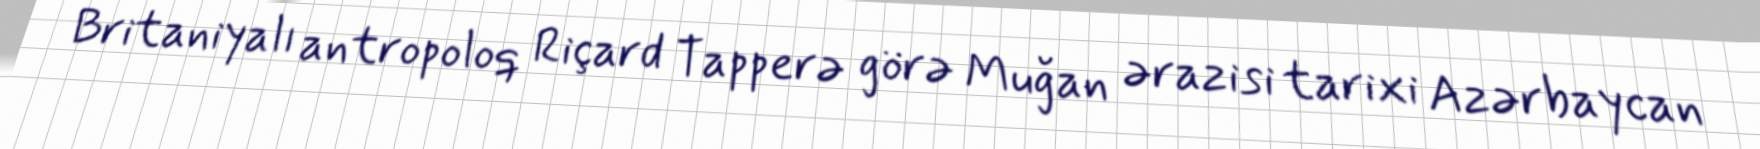
Britaniyalı antropoloq Riçard Tapperə görə Muğan ərazisi tarixi Azərbaycan